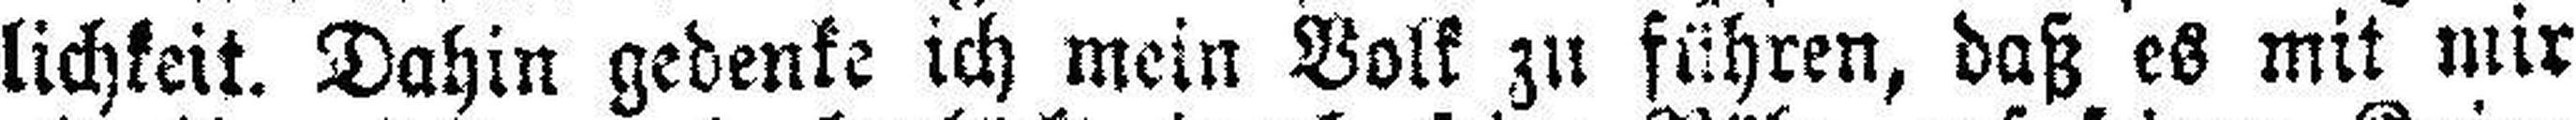
lichkeit. Dahin gedenke ich mein Volk zu führen, daß es mit mir